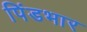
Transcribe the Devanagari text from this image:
पिंडभार